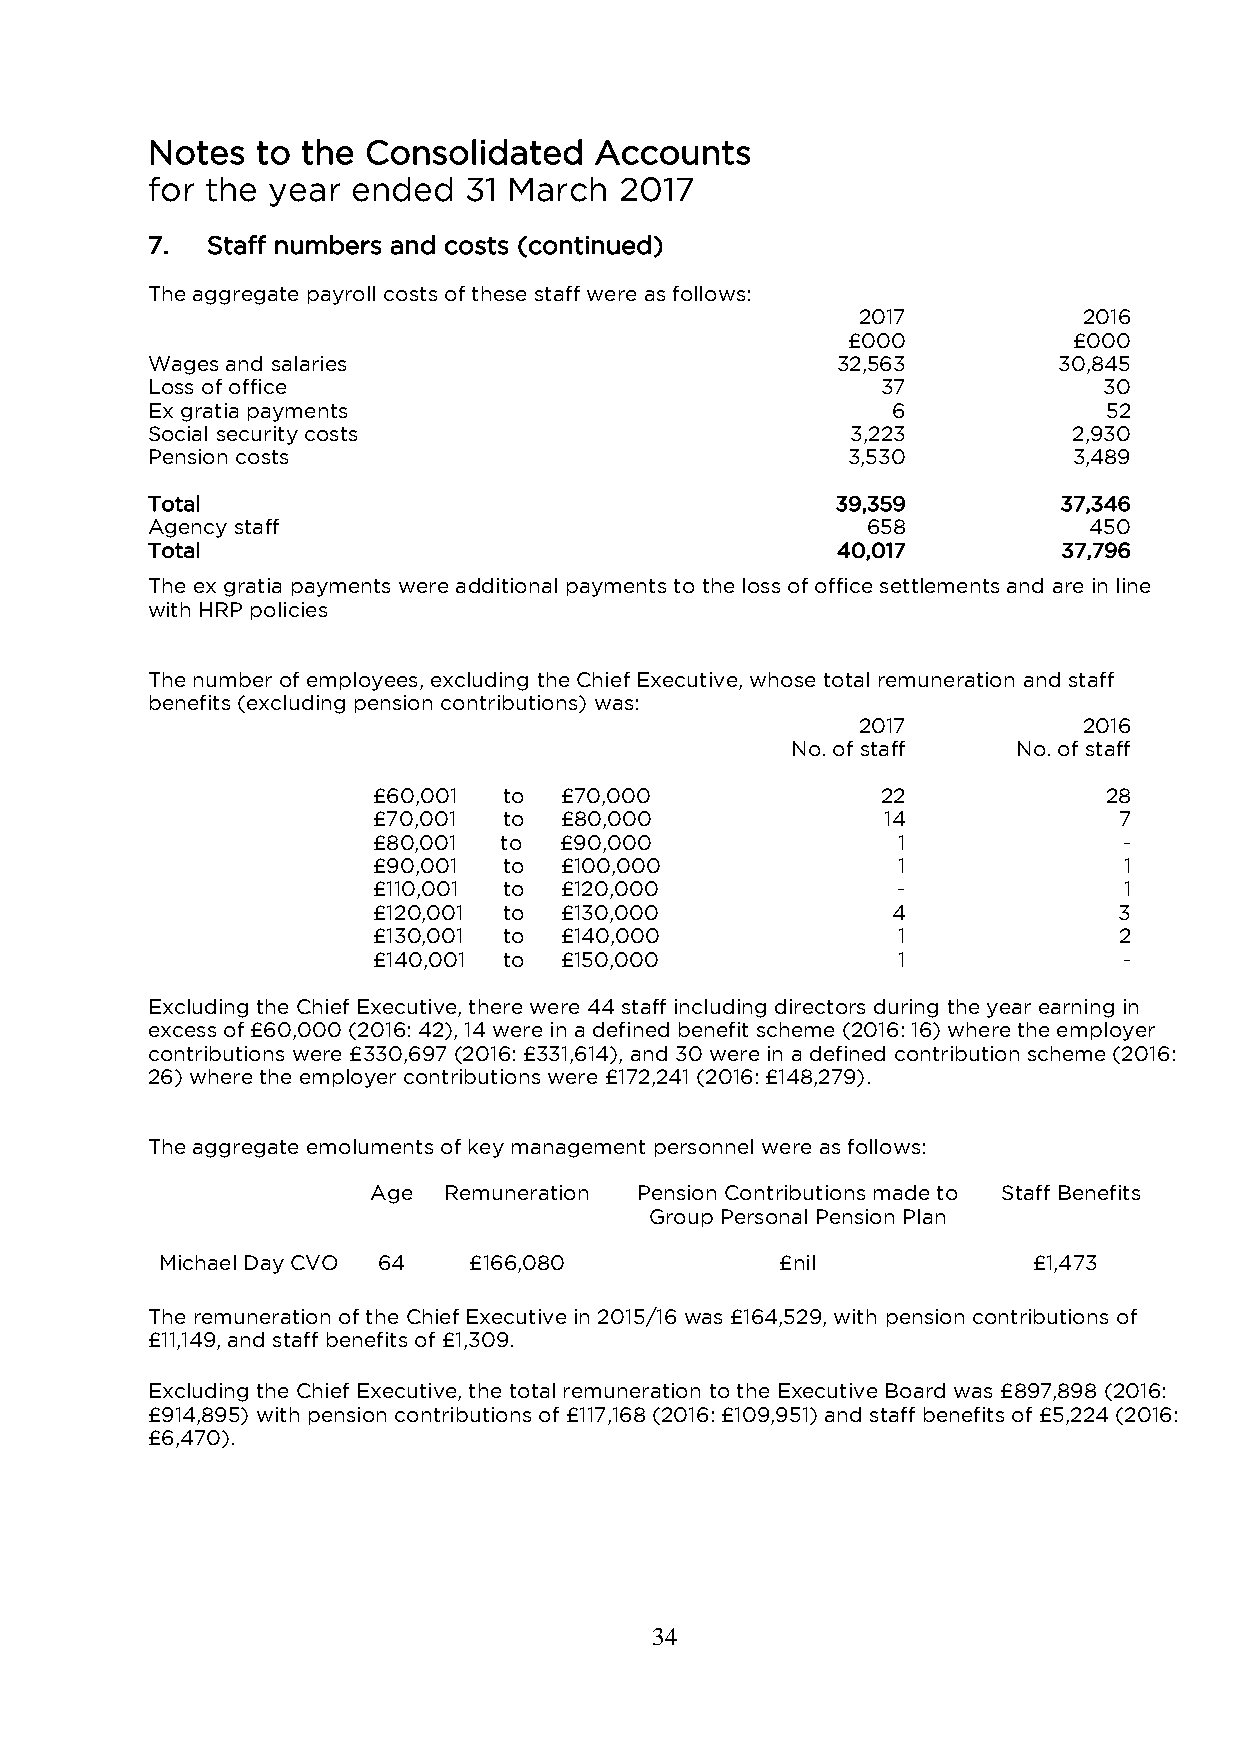
Notes  to the Consolidated   Accounts
 for the year ended   31 March  2017
 7.  Staff numbers and costs (continued)
 The aggregate payroll costs of these staff were as follows:
 2017           2016
 £000           £000
 Wages and salaries                           32,563         30,845
 Loss of office                                  37             30
 Ex gratia payments                               6             52
 Social security costs                         3,223          2,930
 Pension costs                                 3,530          3,489
 Total                                        39,359         37,346
 Agency staff                                   658            450
 Total                                        40,017         37,796
 The ex gratia payments were additional payments to the loss of office settlements and are in line
 with HRP policies
 The number of employees, excluding the Chief Executive, whose total remuneration and staff
 benefits (excluding pension contributions) was:
 2017           2016
 No. of staff   No. of staff
 £60,001 to  £70,000              22             28
 £70,001 to  £80,000               14             7
 £80,001 to  £90,000               1              -
 £90,001 to  £100,000              1              1
 £110,001 to £120,000              -              1
 £120,001 to £130,000              4              3
 £130,001 to £140,000              1              2
 £140,001 to £150,000              1              -
 Excluding the Chief Executive, there were 44 staff including directors during the year earning in
 excess of £60,000 (2016: 42), 14 were in a defined benefit scheme (2016: 16) where the employer
 contributions were £330,697 (2016: £331,614), and 30 were in a defined contribution scheme (2016:
 26) where the employer contributions were £172,241 (2016: £148,279).
 The aggregate emoluments of key management personnel were as follows:
 Age  Remuneration Pension Contributions made to Staff Benefits
 Group Personal Pension Plan
 Michael Day CVO 64  £166,080             £nil            £1,473
 The remuneration of the Chief Executive in 2015/16 was £164,529, with pension contributions of
 £11,149, and staff benefits of £1,309.
 Excluding the Chief Executive, the total remuneration to the Executive Board was £897,898 (2016:
 £914,895) with pension contributions of £117,168 (2016: £109,951) and staff benefits of £5,224 (2016:
 £6,470).
 34